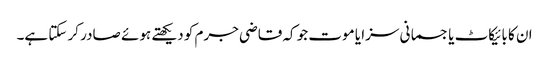
ان کا بائیکاٹ یا جسمانی سزا یا موت جو کہ قاضی جرم کو دیکھتے ہوئے صادر کر سکتا ہے۔